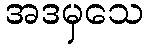
အဒမှသေ